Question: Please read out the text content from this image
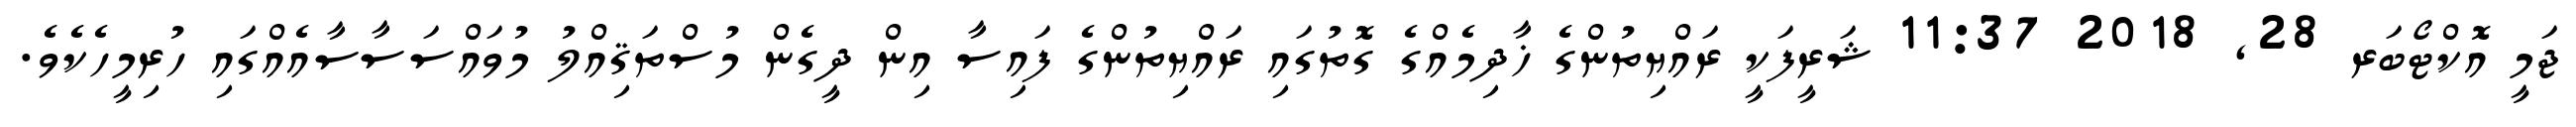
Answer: ޖަމީ އޮކްޓޯބަރ 28, 2018 11:37 ޝަރީފަކީ ރައްޔިތުންގެ ޚާދިމެއްގެ ގޮތުގައި ރައްޔިތުންގެ ފައިސާ އިން ދީގެން މުސްތަޤިއްލު މުވައްސަސާސާއެއްގައި ހުރިމީހެކެވެ.